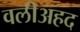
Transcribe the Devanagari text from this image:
वलीअहद